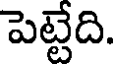
పెట్టేది.